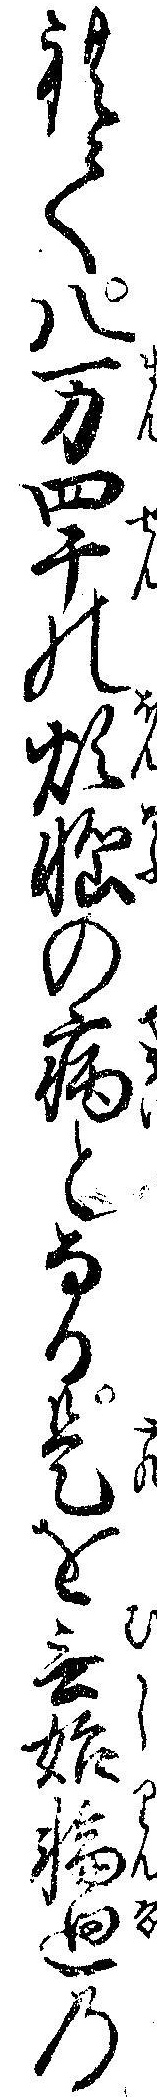
れて八万四千の煩悩の病となる是を無始輪廻の